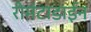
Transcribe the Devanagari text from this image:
रीमंटाडाईन